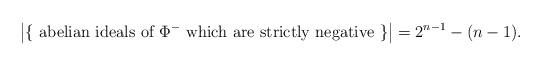
LaTeX: \begin{align*}\left\lvert \{ \textup{ abelian ideals of $\Phi^-$ which are strictly negative } \} \right\rvert = 2^{n-1} - (n-1).\end{align*}